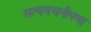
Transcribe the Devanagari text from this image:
सत्यवचनीपणा